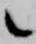
候